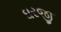
ઘરજી